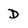
Character: D